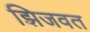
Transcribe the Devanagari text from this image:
झिजवत